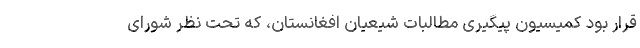
قرار بود کمیسیون پیگیری مطالبات شیعیان افغانستان، که تحت نظر شورای